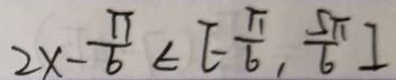
2 x - \frac { \pi } { 6 } \in [ - \frac { \pi } { 6 } , \frac { 5 \pi } { 6 } ]